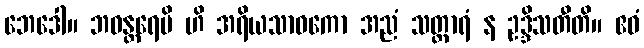
ဘေဒေါ။ ဘဝန္တရေပိ ဟိ အရိယသာဝကော အညံ သတ္ထာရံ န ဥဒ္ဒိသတီတိ။ ဧဝံ